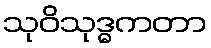
သုဝိသုဒ္ဓကတာ